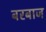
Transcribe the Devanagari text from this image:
बरबाज